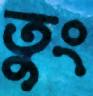
তুং